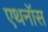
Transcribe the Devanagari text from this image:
एथनॉस